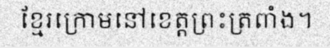
ខ្មែរក្រោមនៅខេត្តព្រះត្រពាំង។